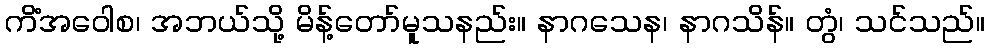
ကိံအဝေါစ၊ အဘယ်သို့ မိန့်တော်မူသနည်း။ နာဂသေန၊ နာဂသိန်။ တွံ၊ သင်သည်။